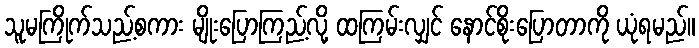
သူမကြိုက်သည့်စကား မျိုးပြောကြည့်လို့ ထကြမ်းလျှင် နောင်စိုးပြောတာကို ယုံရမည်။